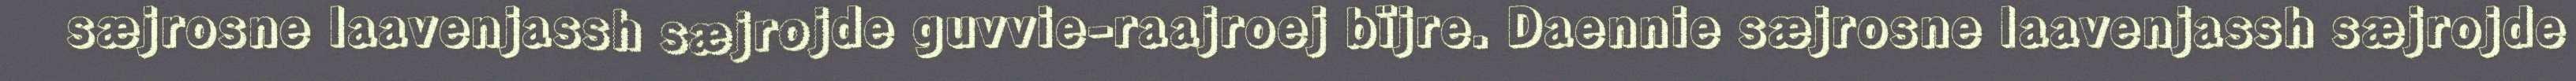
sæjrosne laavenjassh sæjrojde guvvie-raajroej bïjre. Daennie sæjrosne laavenjassh sæjrojde